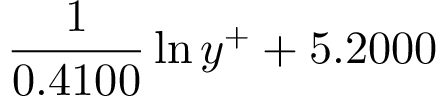
\frac { 1 } { 0 . 4 1 0 0 } \ln { y ^ { + } } + 5 . 2 0 0 0